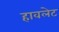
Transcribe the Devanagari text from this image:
हावलेट